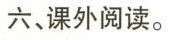
六，课外阅读。